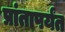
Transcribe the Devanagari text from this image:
प्रांतापर्यंत